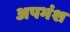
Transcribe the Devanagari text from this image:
अपभंश